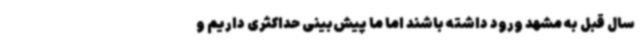
سال قبل به مشهد ورود داشته باشند اما ما پیش‌بینی حداکثری داریم و